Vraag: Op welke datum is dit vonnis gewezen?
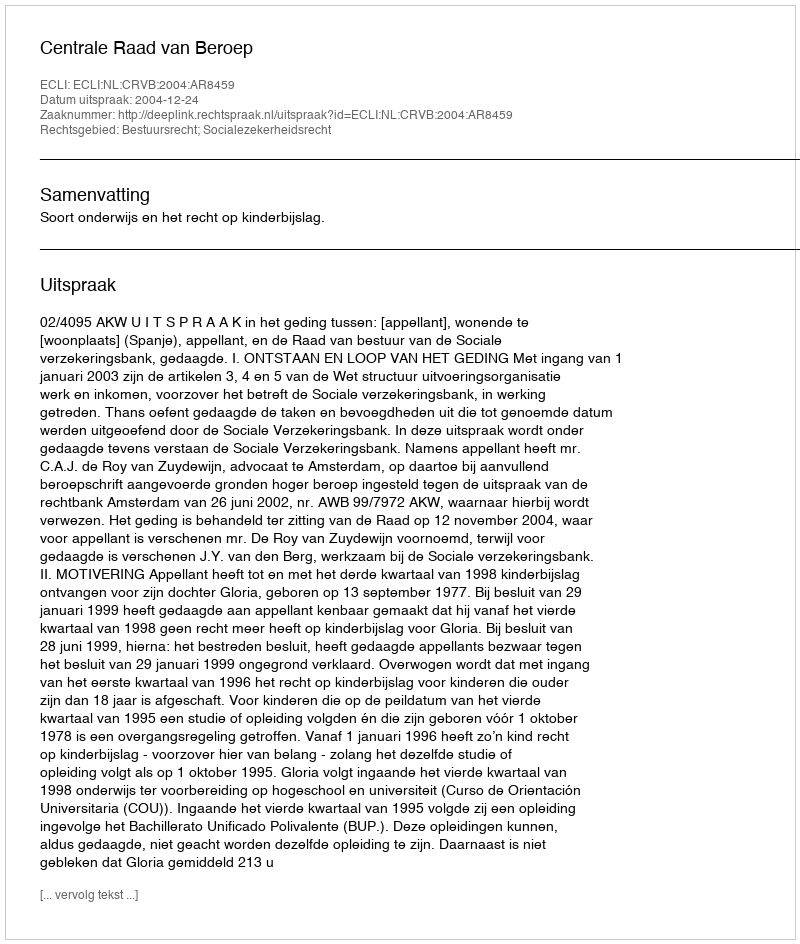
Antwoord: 2004-12-24